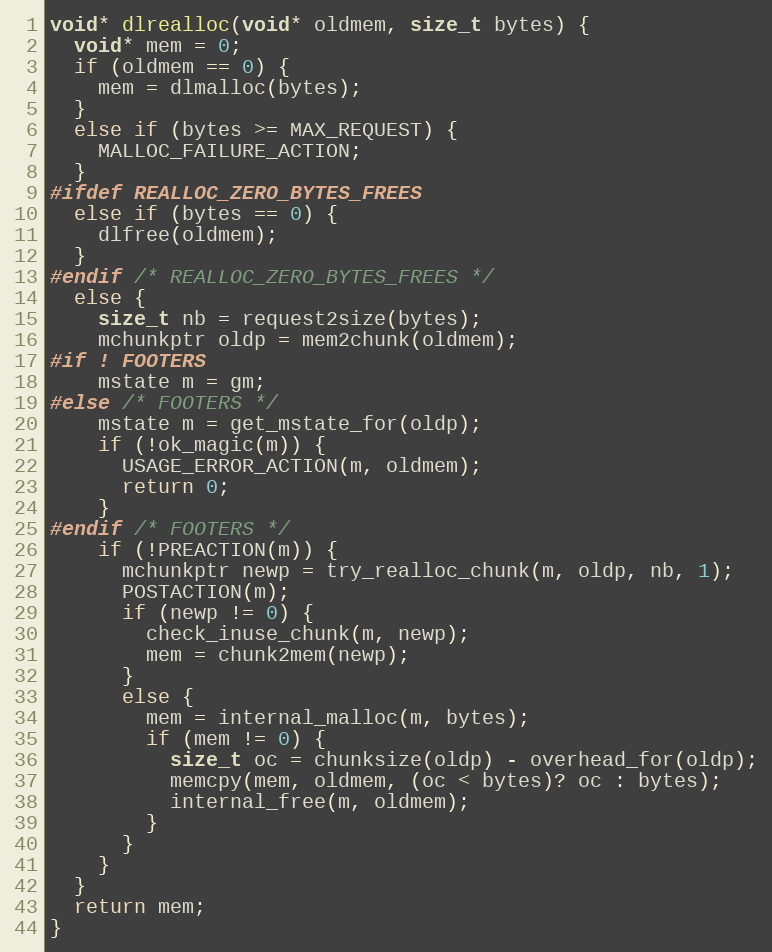
Language: C
void* dlrealloc(void* oldmem, size_t bytes) {
  void* mem = 0;
  if (oldmem == 0) {
    mem = dlmalloc(bytes);
  }
  else if (bytes >= MAX_REQUEST) {
    MALLOC_FAILURE_ACTION;
  }
#ifdef REALLOC_ZERO_BYTES_FREES
  else if (bytes == 0) {
    dlfree(oldmem);
  }
#endif /* REALLOC_ZERO_BYTES_FREES */
  else {
    size_t nb = request2size(bytes);
    mchunkptr oldp = mem2chunk(oldmem);
#if ! FOOTERS
    mstate m = gm;
#else /* FOOTERS */
    mstate m = get_mstate_for(oldp);
    if (!ok_magic(m)) {
      USAGE_ERROR_ACTION(m, oldmem);
      return 0;
    }
#endif /* FOOTERS */
    if (!PREACTION(m)) {
      mchunkptr newp = try_realloc_chunk(m, oldp, nb, 1);
      POSTACTION(m);
      if (newp != 0) {
        check_inuse_chunk(m, newp);
        mem = chunk2mem(newp);
      }
      else {
        mem = internal_malloc(m, bytes);
        if (mem != 0) {
          size_t oc = chunksize(oldp) - overhead_for(oldp);
          memcpy(mem, oldmem, (oc < bytes)? oc : bytes);
          internal_free(m, oldmem);
        }
      }
    }
  }
  return mem;
}